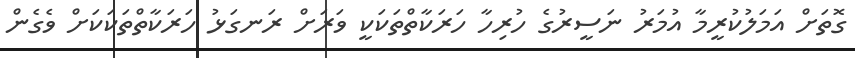
ގޮތަށް އަމަލުކުރީމާ އުމަރު ނަސީރުގެ ހުރިހާ ހަރަކާތްތަކަކީ ވަރަށް ރަނގަޅު ހަރަކާތްތަކަކަށް ވެގެން